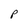
Character: P